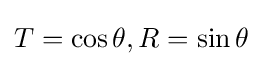
T=\cos \theta ,R=\sin \theta